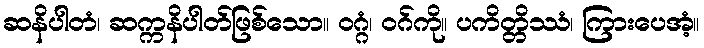
ဆနိပါတံ၊ ဆက္ကနိပါတ်ဖြစ်သော။ ဝဂ္ဂံ၊ ဝဂ်ကို။ ပကိတ္တိဿံ၊ ကြားပေအံ့။